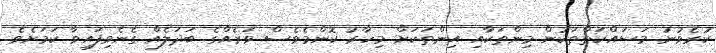
ކުރެވުނު މަސައްކަތްތަކުން މިންތަކާއި އިންތަކަށް މިހާރު ކޮންމެވެސް ވަރެއްގެ ބަދަލެއް ގެނެވިފައިވާ ކަމަށެވެ.